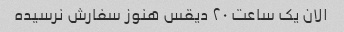
الان یک ساعت ۲۰ دیقس هنوز سفارش نرسیده